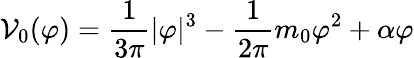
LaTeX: {\cal V}_{0}(\varphi)={\frac{1}{3\pi}}|\varphi|^{3}-{\frac{1}{2\pi}}m_{0}\varphi^{2}+\alpha\varphi